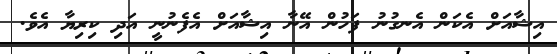
އިޝާއަށް އެކަން އެނގުނު ފަހުން އޭނާ އިޝާއަށް އެފެނުނީ އަދި ކިރިޔާ އެވެ.